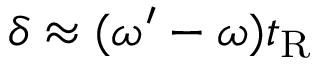
\delta \approx ( \omega ^ { \prime } - \omega ) t _ { \mathrm { R } }